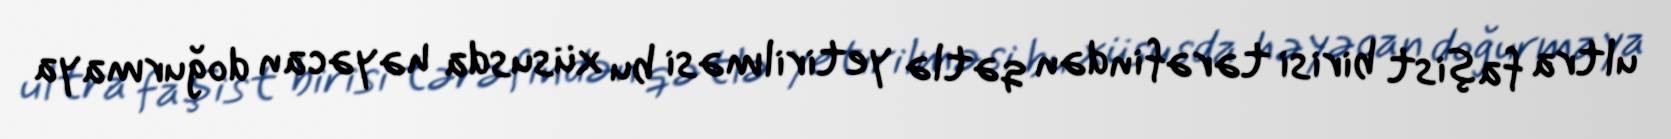
ultra faşist birisi tərəfindən qətlə yetirilməsi bu xüsusda həyəcan doğurmaya